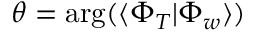
\theta = \arg ( \langle \Phi _ { T } | \Phi _ { w } \rangle )